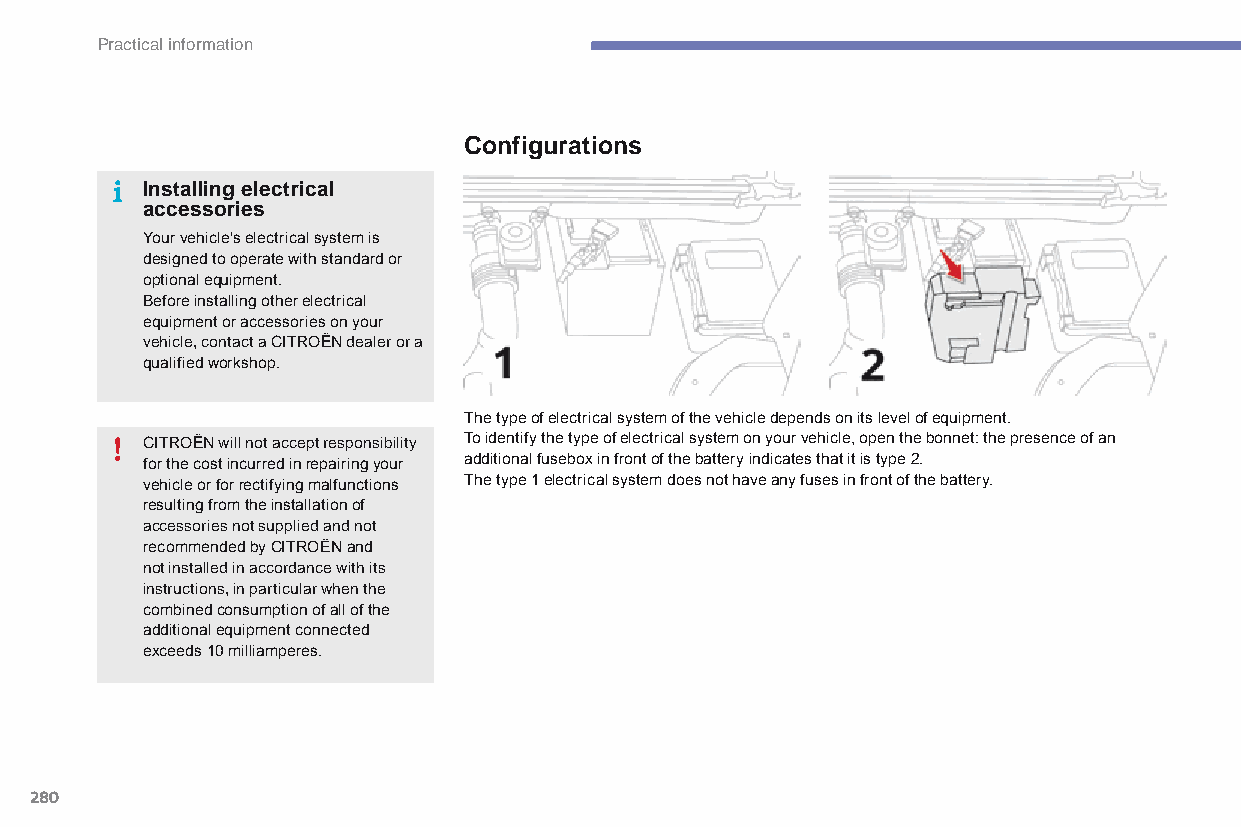
Practical information
 Configurations
 Installing electrical
 accessories
 Your vehicle's electrical system is
 designed to operate with standard or
 optional equipment.
 Before installing other electrical
 equipment or accessories on your
 vehicle, contact a CITRoËn dealer or a
 qualified workshop.
 The type of electrical system of the vehicle depends on its level of equipment.
 CITRoËn will not accept responsibility To identify the type of electrical system on your vehicle, open the bonnet: the presence of an
 for the cost incurred in repairing your additional fusebox in front of the battery indicates that it is type 2.
 vehicle or for rectifying malfunctions The type 1 electrical system does not have any fuses in front of the battery.
 resulting from the installation of
 accessories not supplied and not
 recommended by CITROËN and
 not installed in accordance with its
 instructions, in particular when the
 combined consumption of all of the
 additional equipment connected
 exceeds 10 milliamperes.
 280
 C4-Picasso-II_en_Chap07_info-pratiques_ed01-2015